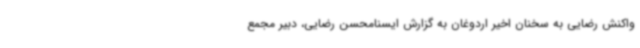
واکنش رضایی به سخنان اخیر اردوغان به گزارش ایسنامحسن رضایی، دبیر مجمع